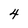
Character: 4